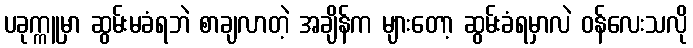
ပခုက္ကူမှာ ဆွမ်းမခံရဘဲ စာချလာတဲ့ အချိန်က များတော့ ဆွမ်းခံရမှာလဲ ဝန်လေးသလို